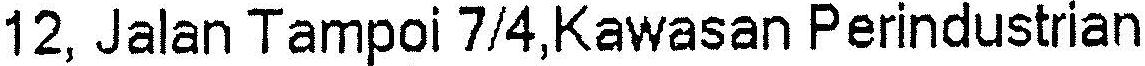
12, JALAN TAMPOI 7/4,KAWASAN PERINDUSTRIAN